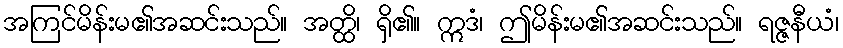
အကြင်မိန်းမ၏အဆင်းသည်။ အတ္ထိ၊ ရှိ၏။ ဣဒံ၊ ဤမိန်းမ၏အဆင်းသည်။ ရဇ္ဇနီယံ၊